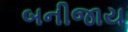
બનીજાય